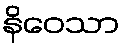
နိဝေသာ